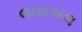
લાયબલ